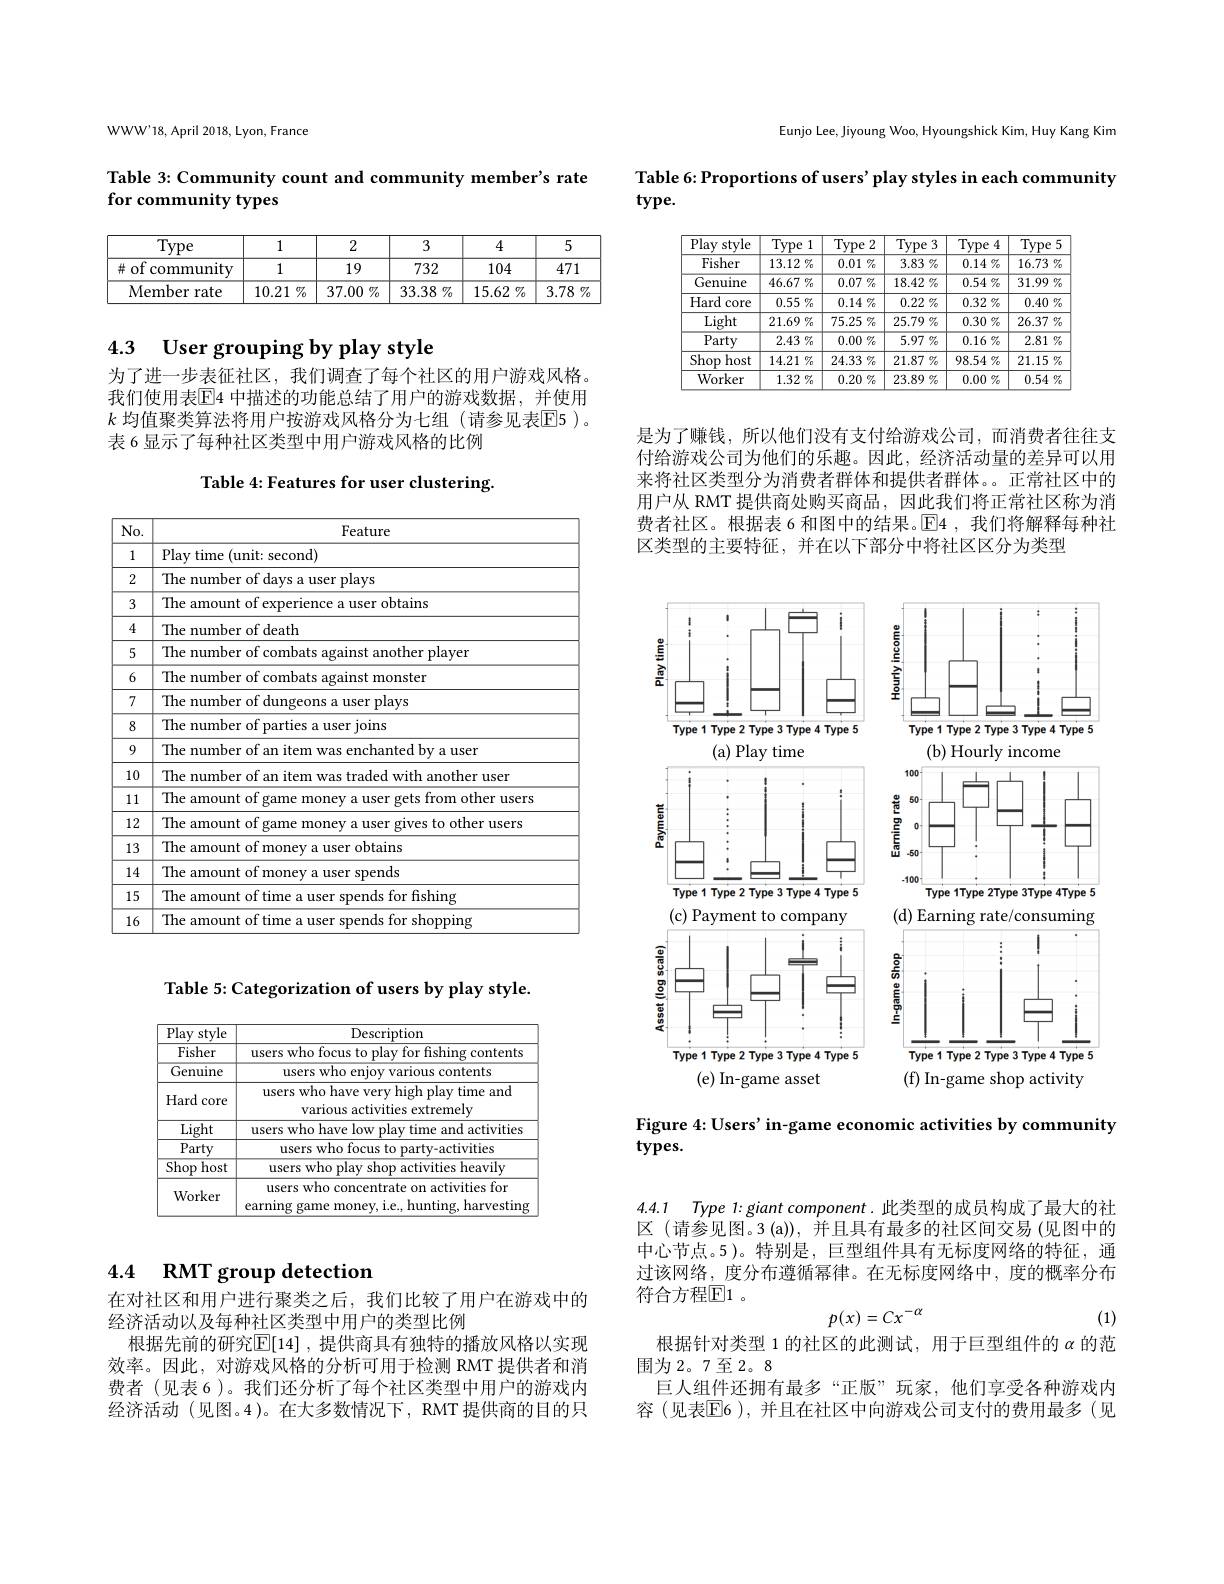
WWW'18, April 2018, Lyon, France

Table 3: Community count and community member's rate
# for community types

<table>
	<tbody>
		<tr>
			<th>Type</th>
			<th>1</th>
			<th>2</th>
			<th>3</th>
			<th>4</th>
			<th>5</th>
		</tr>
		<tr>
			<td>$\#ofc$ community</td>
			<td>1</td>
			<td>19</td>
			<td>732</td>
			<td>104</td>
			<td>471</td>
		</tr>
		<tr>
			<td>Member rate</td>
			<td>10.21 $\%$</td>
			<td>$37.00\%$</td>
			<td>33.38 $7_0$</td>
			<td>15.62 $\%$</td>
			<td>$3.78\%$</td>
		</tr>
	</tbody>
</table>

4.3 User grouping by play style

为了进一步表征社区，我们调查了每个社区的用户游戏风格。我们使用表$\overline{\mathrm{E}}$4 中描述的功能总结了用户的游戏数据，并使用$k$ 均值聚类算法将用户按游戏风格分为七组(请参见表$\overline{\mathrm{E}}$5 )。表 6 显示了每种社区类型中用户游戏风格的比例

Table 4: Features for user clustering

<table>
	<tbody>
		<tr>
			<th>$No.$</th>
			<th>Feature</th>
		</tr>
		<tr>
			<td>1</td>
			<td>Play time (unit: second)</td>
		</tr>
		<tr>
			<td>2</td>
			<td>user plays The num</td>
		</tr>
		<tr>
			<td>3</td>
			<td>The amount of experience a user obtains</td>
		</tr>
		<tr>
			<td>4</td>
			<td>The number of death</td>
		</tr>
		<tr>
			<td>5</td>
			<td>The nother plaver</td>
		</tr>
		<tr>
			<td>6</td>
			<td>nst monster The num</td>
		</tr>
		<tr>
			<td>7</td>
			<td>The num user plays</td>
		</tr>
		<tr>
			<td>8</td>
			<td>The nur user ioins</td>
		</tr>
		<tr>
			<td>9</td>
			<td>The number of an item was enchanted by a user</td>
		</tr>
		<tr>
			<td>10</td>
			<td>$1he$ another user</td>
		</tr>
		<tr>
			<td>11</td>
			<td>The amount other users $\because0f$ game s from e</td>
		</tr>
		<tr>
			<td>12</td>
			<td>Ihe amount other users</td>
		</tr>
		<tr>
			<td>13</td>
			<td>The amount of money a user obtains</td>
		</tr>
		<tr>
			<td>14</td>
			<td>The amou ser spends</td>
		</tr>
		<tr>
			<td>15</td>
			<td>The amount of time a user spends for fishing</td>
		</tr>
		<tr>
			<td>16</td>
			<td>shopping Ihe amolint 1ds for</td>
		</tr>
	</tbody>
</table>

Table 5: Categorization of users by play style.

<table>
	<tbody>
		<tr>
			<th>Play style</th>
			<th>Description</th>
		</tr>
		<tr>
			<td>Fisher</td>
			<td>users who focus to play for fishing contents</td>
		</tr>
		<tr>
			<td>Genuine</td>
			<td>users who enjoy various contents</td>
		</tr>
		<tr>
			<td>Hard core</td>
			<td>users who have very high play time and various activities extremely</td>
		</tr>
		<tr>
			<td>Light</td>
			<td>users who have low play time and activities</td>
		</tr>
		<tr>
			<td>Party</td>
			<td>users who focus to party-activities</td>
		</tr>
		<tr>
			<td>$\overline{\mathrm{Shop}}$ host</td>
			<td>users who play shop activities heavily</td>
		</tr>
		<tr>
			<td>Worker</td>
			<td>users who concentrate on activities for earning game money, i.e., hunting, harvesting</td>
		</tr>
	</tbody>
</table>

## 4.4 $\textbf{RMT group detection}$

在对社区和用户进行聚类之后，我们比较了用户在游戏中的
经济活动以及每种社区类型中用户的类型比例
根据先前的研究$\mathbb{E}[14]$ ,提供商具有独特的播放风格以实现效率。因此，对游戏风格的分析可用于检测 RMT 提供者和消费者(见表 6)。我们还分析了每个社区类型中用户的游戏内经济活动 (见图。4)。在大多数情况下，RMT 提供商的目的只

Eunjo Lee, Jiyoung Woo, Hyoungshick Kim, Huy Kang Kim

Table 6: Proportions of users' play styles in each community
$type.$

<table>
	<tbody>
		<tr>
			<th>Play style</th>
			<th>$\overline{\mathrm{Type}}$ 1</th>
			<th>$\overline{\mathrm{Type}}$</th>
			<th>Type</th>
			<th>$\Gamma ype3$</th>
			<th>Type 4</th>
			<th>Type</th>
		</tr>
		<tr>
			<td>Fisher</td>
			<td>$13.12\%$</td>
			<td>$0.01\%$</td>
			<td>3.83</td>
			<td>$3.83\%$</td>
			<td>$0.14\%$</td>
			<td>$16.73\%$</td>
		</tr>
		<tr>
			<td>Genuine</td>
			<td>$46.67\%$</td>
			<td>$0.07\%$</td>
			<td>18.42</td>
			<td>$8.42\%$</td>
			<td>$0.54\%$</td>
			<td>$31.99\%$</td>
		</tr>
		<tr>
			<td>Hard core</td>
			<td>$0.55\%$</td>
			<td>$0.14\%$</td>
			<td>0.22</td>
			<td>$0.22\%$</td>
			<td>$0.32\%$</td>
			<td>$0.40\%$</td>
		</tr>
		<tr>
			<td>Light</td>
			<td>$21.69\%$</td>
			<td>75.25 $1\%$ 1 1 </td>
			<td>25.79</td>
			<td>$5.79\%$</td>
			<td>$0.30\%$</td>
			<td>$26.37\%$</td>
		</tr>
		<tr>
			<td>Party</td>
			<td>$2.43\%$</td>
			<td>$0.00\%$</td>
			<td>5.97</td>
			<td>$5.97\%$</td>
			<td>$0.16\%$</td>
			<td>$2.81\%$</td>
		</tr>
		<tr>
			<td>Shop host</td>
			<td>$14.21\%$</td>
			<td>$24.33\%$</td>
			<td>21.87</td>
			<td>$1.87\%$ </td>
			<td>$98.54\%$</td>
			<td>21.15 $\%$ 1</td>
		</tr>
		<tr>
			<td>Worker</td>
			<td>$1.32\%$</td>
			<td>0.20 $\%$ 1 - 1</td>
			<td>23.89</td>
			<td>$3.89\%$</td>
			<td>$0.00\%$</td>
			<td>$0.54\%$</td>
		</tr>
	</tbody>
</table>

是为了赚钱，所以他们没有支付给游戏公司，而消费者往往支付给游戏公司为他们的乐趣。因此，经济活动量的差异可以用来将社区类型分为消费者群体和提供者群体。。正常社区中的用户从 RMT 提供商处购买商品，因此我们将正常社区称为消费者社区。根据表 6 和图中的结果。$\overline{\mathrm{E}}$4 ,我们将解释每种社区类型的主要特征，并在以下部分中将社区区分为类型

<FigureHere>

Figure 4: Users' in-game economic activities by community
$types.$

4.4.1 Type 1:giant component.此类型的成员构成了最大的社区 (请参见图。3 (a)), 并且具有最多的社区间交易 (见图中的

中心节点。5)。特别是，巨型组件具有无标度网络的特征，通过该网络，度分布遵循幂律。在无标度网络中，度的概率分布符合方程[E]1。
$$p(x)=Cx^{-\alpha}$$
(1)
根据针对类型 1 的社区的此测试，用于巨型组件的$\alpha$的范

围为2。7至2。8

巨人组件还拥有最多“正版”玩家，他们享受各种游戏内容(见表$\overline{\mathbb{E}}$6),并且在社区中向游戏公司支付的费用最多(见